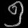
Digit: ၅